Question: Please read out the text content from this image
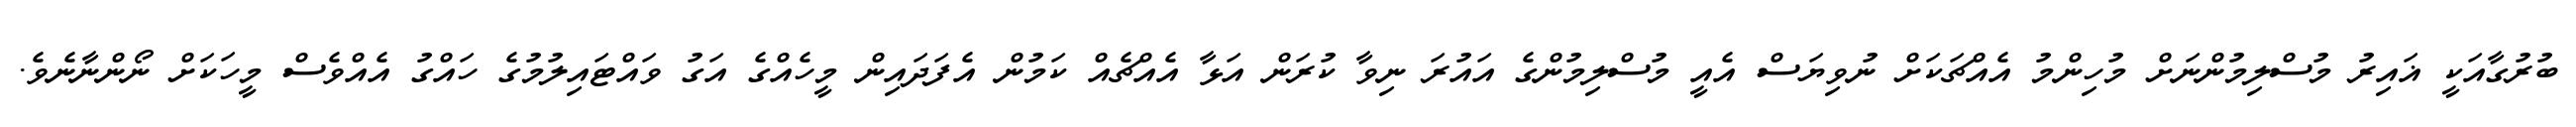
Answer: ބުރުގާއަކީ ޣައިރު މުސްލިމުންނަށް މުހިންމު އެއްޗަކަށް ނުވިޔަސް އެއީ މުސްލިމުންގެ އައުރަ ނިވާ ކުރަން އަޅާ އެއްޗެއް ކަމުން އެފަދައިން މީހެއްގެ އަގު ވައްޓައިލުމުގެ ހައްގު އެއްވެސް މީހަކަށް ނޯންނާނެވެ.